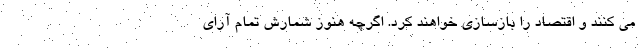
می کنند و اقتصاد را بازسازی خواهند کرد. اگرچه هنوز شمارش تمام آرای